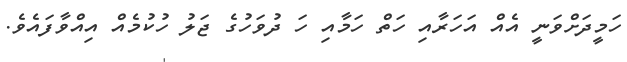
ހަމީދަށްވަނީ އެއް އަހަރާއި ހަތް ހަމާއި ހަ ދުވަހުގެ ޖަލު ހުކުމެއް އިއްވާފައެވެ.